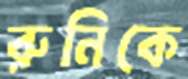
রুনিকে